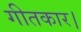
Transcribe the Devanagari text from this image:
गीतकार।